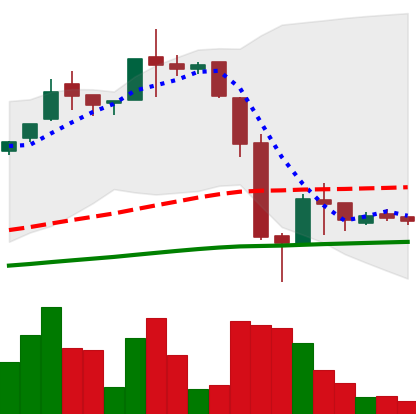
Ticker: LTC-USD
Chart end date: 2016-06-29
Forward return: 11.785%
Label: up_7plus